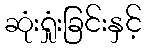
ဆုံးရှုံးခြင်းနှင့်